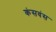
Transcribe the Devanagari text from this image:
कंसवंस